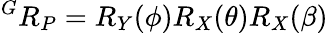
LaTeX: {{^G}R_{P}}={R_{Y}(\phi)}{R_{X}(\theta)}{R_{X}(\beta)}